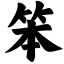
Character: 笨